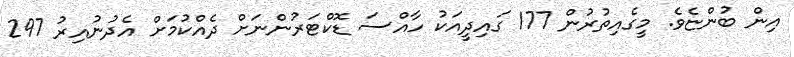
އިން ބުންޏެވެ. މީގެއިތުރުން 177 ގައިދީއަކު ހާއްސަ ޑޮކްޓަރުންނަށް ދެއްކުމަށް އެދުނުއިރު 297